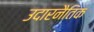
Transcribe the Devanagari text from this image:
उदारनैतिक